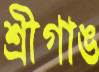
শ্রীগাঙ